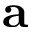
\mathbf { a }